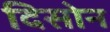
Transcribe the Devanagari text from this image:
दिसोन